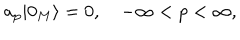
a _ { p } | 0 _ { M } \rangle = 0 , \quad - \infty < p < \infty ,